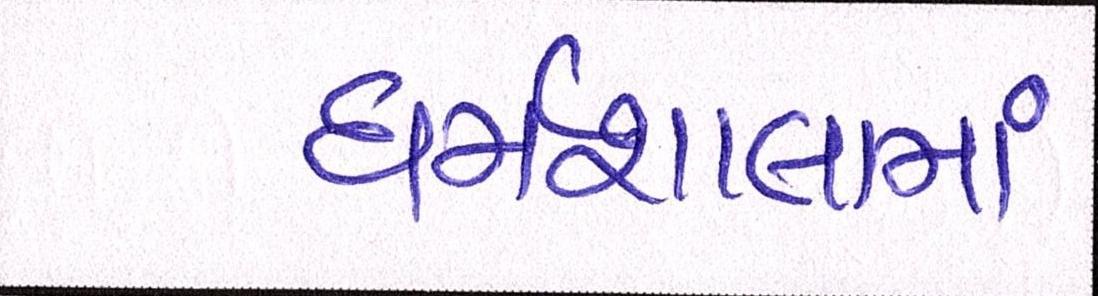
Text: ધર્મશાલામાં